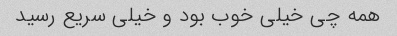
همه چی خیلی خوب بود و خیلی سریع رسید